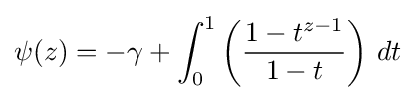
\psi (z)=-\gamma +\int _{0}^{1}\left({\frac {1-t^{z-1}}{1-t}}\right)\,dt